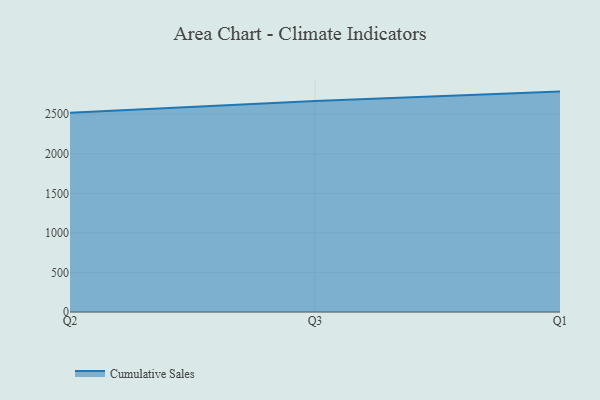
{"axis": {"x": "Quarter", "y": "Production Output"}, "legend": ["Cumulative Sales"], "data": [{"x": "Q2", "y": 2517.1, "type": "Cumulative Sales"}, {"x": "Q3", "y": 2667.9, "type": "Cumulative Sales"}, {"x": "Q1", "y": 2785.8, "type": "Cumulative Sales"}]}